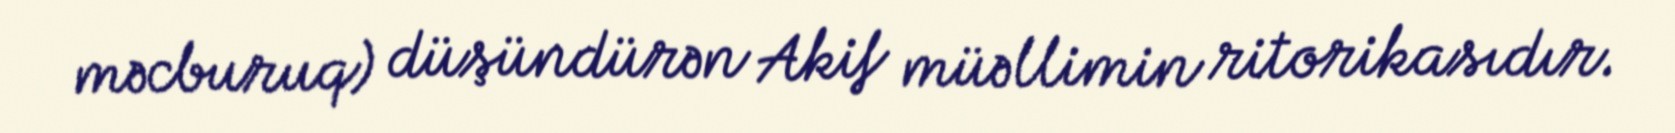
məcburuq) düşündürən Akif müəllimin ritorikasıdır.